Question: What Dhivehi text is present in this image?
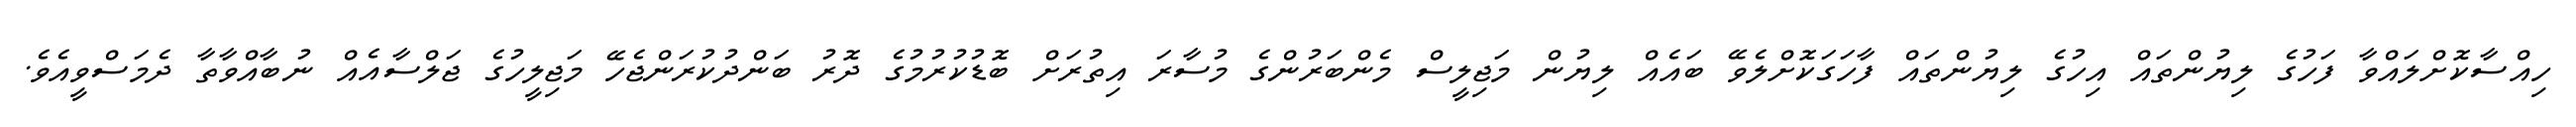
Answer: ހިއްސާކޮށްލައްވާ ފަހުގެ ލިޔުންތައް އިހުގެ ލިޔުންތައް ފާހަގަކޮށްލެވޭ ބައެއް ލިޔުން މަޖިލީސް މެންބަރުންގެ މުސާރަ އިތުރަށް ބޮޑުކުރުމުގެ ދޮރު ބަންދުކުރަންޖެހޭ މަޖިލީހުގެ ޖަލްސާއެއް ނުބާއްވާތާ ދެމަސްވީއެވެ.